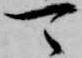
可